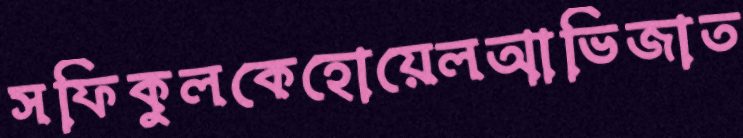
সফিকুলকেহোয়েলআভিজাত